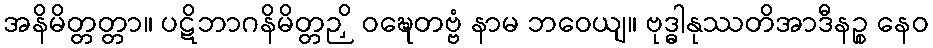
အနိမိတ္တတ္တာ။ ပဋိဘာဂနိမိတ္တဉှိ ဝဍ္ဎေတဗ္ဗံ နာမ ဘဝေယျ။ ဗုဒ္ဓါနုဿတိအာဒီနဉ္စ နေဝ